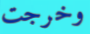
وخرجت